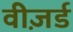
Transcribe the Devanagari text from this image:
वीज़र्ड